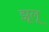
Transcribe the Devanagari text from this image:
झूलू